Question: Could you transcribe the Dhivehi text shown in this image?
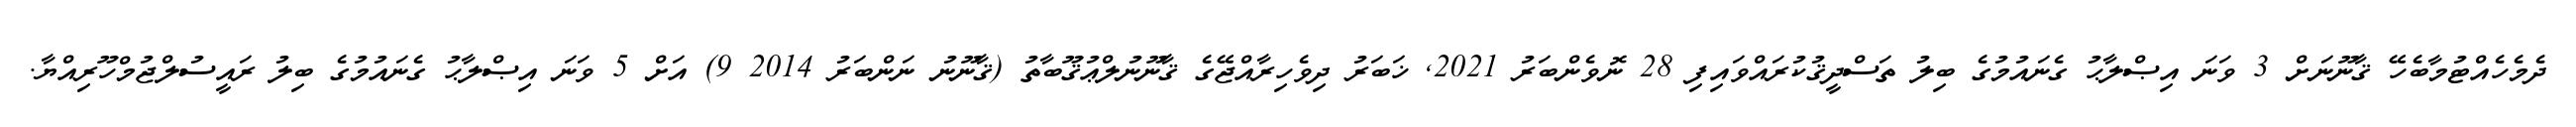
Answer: ދެމެހެއްޓުމާބެހޭ ޤާނޫނަށް 3 ވަނަ އިޞްލާޙު ގެނައުމުގެ ބިލު ތަސްދީޤުކުރައްވައިފި 28 ނޮވެންބަރު 2021, ޚަބަރު ދިވެހިރާއްޖޭގެ ޤާނޫނުލްޢުޤޫބާތު (ޤާނޫނު ނަންބަރު 2014 9) އަށް 5 ވަނަ އިޞްލާޙު ގެނައުމުގެ ބިލު ރައީސުލްޖުމްހޫރިއްޔާ.